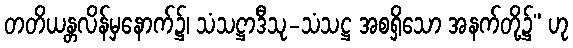
တတိယန္တလိန်မှနောက်၌၊ သံသဋ္ဌာဒီသု-သံသဋ္ဌ အစရှိသော အနက်တို့၌” ဟု